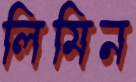
লিমিন